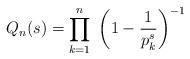
LaTeX: \begin{align*}Q_n(s) = \prod_{k=1}^n\ \left(1-\frac{1}{p^s_k}\right)^{-1}\end{align*}